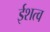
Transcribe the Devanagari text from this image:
ईशत्व